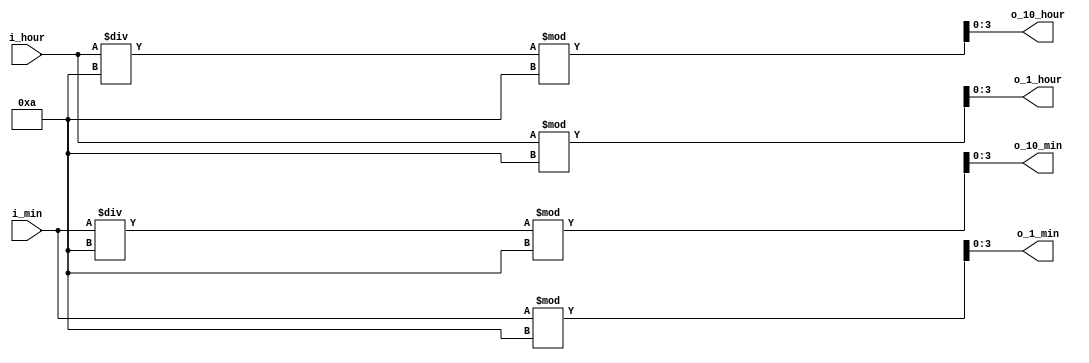
`timescale 1ns / 1ps

module digitDivider_HourMin(
    input [5:0] i_hour, i_min,
    output [3:0] o_10_hour, o_1_hour, o_10_min, o_1_min
    );

    assign o_10_hour = i_hour /10 % 10;
    assign o_1_hour = i_hour % 10;
    assign o_10_min = i_min / 10 % 10;
    assign o_1_min = i_min % 10;

endmodule